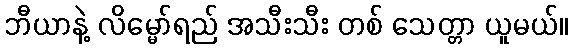
ဘီယာနဲ့ လိမ္မော်ရည် အသီးသီး တစ် သေတ္တာ ယူမယ်။